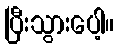
ပြီးသွားပေါ့။